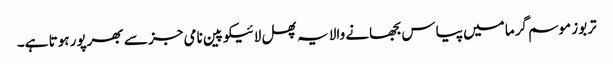
تربوز موسم گرما میں پیاس بجھانے والا یہ پھل لائیکوپین نامی جز سے بھرپور ہوتا ہے۔